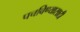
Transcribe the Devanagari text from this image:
पचविण्यासाठी